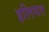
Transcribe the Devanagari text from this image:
इलियत